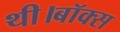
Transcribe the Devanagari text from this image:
थी।बॉक्स